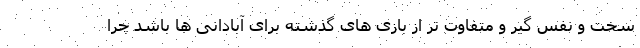
سخت و نفس گیر و متفاوت تر از بازی های گذشته برای آبادانی ها باشد چرا